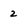
Character: 2